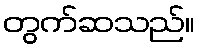
တွက်ဆသည်။